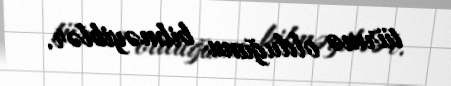
türmə olduğunu bilməyiblər.